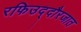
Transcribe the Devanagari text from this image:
रफिउद्दौरजात